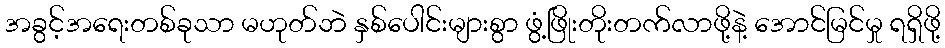
အခွင့်အရေးတစ်ခုသာ မဟုတ်ဘဲ နှစ်ပေါင်းများစွာ ဖွံ့ဖြိုးတိုးတက်လာဖို့နဲ့ အောင်မြင်မှု ရရှိဖို့